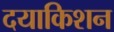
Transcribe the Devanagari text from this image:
दयाकिशन